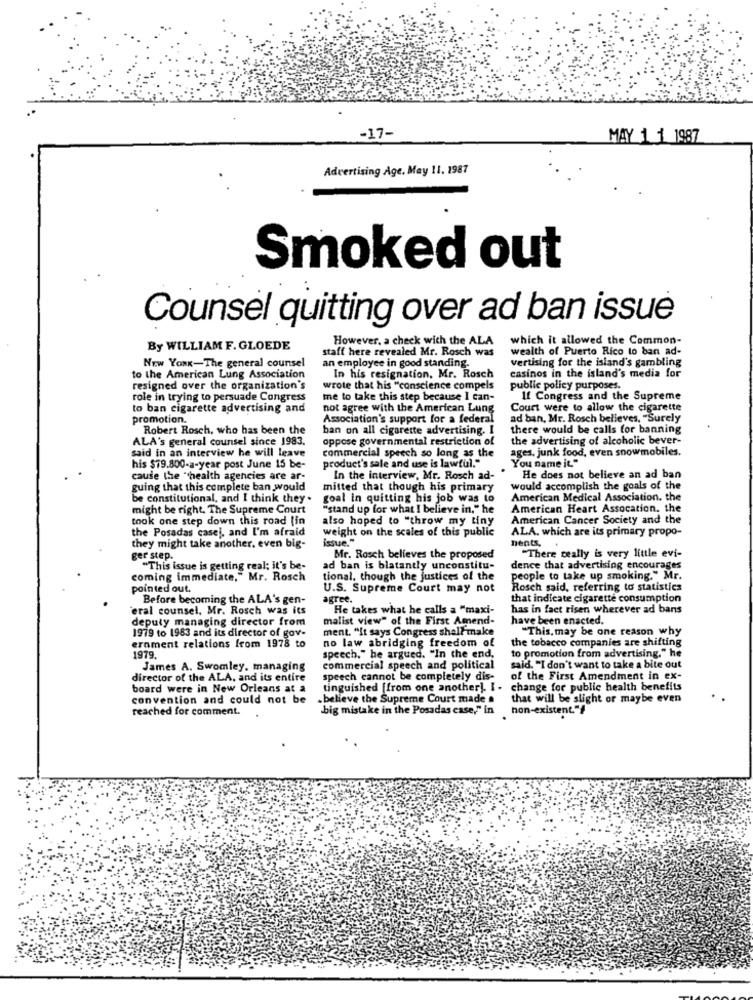
-17-
MAY 1 1 1987
Advertising Age. May 11. 1987
Smoked out
Counsel quitting over ad ban issue
However, a check with the ALA
which it allowed the Common-
By WILLIAM F. GLOEDE
staff here revealed Mr. Rosch was
wealth of Puerto Rico to ban ad-
vertising for the island's gambling
New YORK-The general counsel
an employee in good standing.
to the American Lung Association
In his resignation, Mr. Rosch
casinos in the island's media for
resigned over the organization's
wrote that his "conscience compels
public policy purposes.
role in trying to persuade Congress
me to take this step because I can-
If Congress and the Supreme
to ban cigarette advertising and
not agree with the American Lung
Court were to allow the cigarette
promotion.
Association's support for a federal
ad ban, Mr. Rosch believes. "Surely
Robert Rosch, who has been the
ban on all cigarette advertising. I
there would be calls for banning
ALA's general counsel since 1983.
oppose governmental restriction of
the advertising of alcoholic bever-
commercial speech so long as the
ages, junk food, even snowmobiles.
said in an interview he will leave
product's sale and use is lawful."
You name it."
his $79.800-a-year post June 15 be-
cause the "health agencies are ar-
In the interview, Mr. Rosch ad-
He does not believe an ad ban
guing that this complete ban would
mitted that though his primary
would accomplish the goals of the
be constitutional, and I think they .
goal in quitting his job was to
American Medical Association. the
might be right. The Supreme Court
"stand up for what I believe in." he
American Heart Assocation. the
took one step down this road [in
American Cancer Society and the
the Posadas casej, and I'm afraid
weight on the scales of this public
also hoped to "throw my tiny
ALA. which are its primary propo-
issue."
nents.
they might take another, even big-
ger step.
Mr. Rasch believes the proposed
"There really is very little evi-
"This issue is getting real; it's be-
ad ban is blatantly unconstitu-
dence that advertising encourages
coming immediate," Mr. Rosch
tional, though the justices of the
people to take up smoking." Mr.
pointed out.
U.S. Supreme Court may not
Rosch said, referring to statistics
Before becoming the ALA's gen-
agree.
that indicate cigarette consumption
eral counsel, Mr. Rosch was its
He takes what he calls a "maxi-
has in fact risen wherever ad bans
deputy managing director from
malist view" of the First Amend-
have been enacted.
1979 to 1983 and its director of gov-
ment. "It says Congress shall make
"This, may be one reason why
the tobacco companies are shifting
ernment relations from 1978 to
no law abridging freedom of
to promotion from advertising." he
1979.
speech," he argued. "In the end,
James A. Swomley, managing
commercial speech and political
said. "I don't want to take a bite out
director of the ALA, and its entire
speech cannot be completely dis-
of the First Amendment in ex-
board were in New Orleans at a
tinguished [from one another]. I .
change for public health benefits
convention and could not be
.believe the Supreme Court made a
that will be slight or maybe even
reached for comment.
big mistake in the Posadas case,"" in
non-existent."4